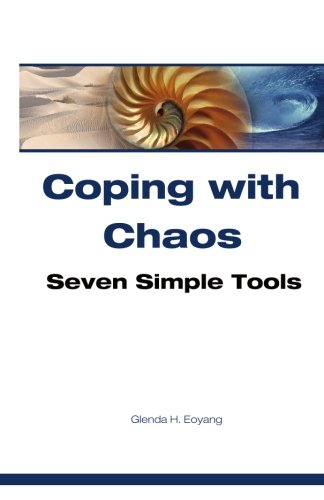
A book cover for Coping with Chaos: Seven Simple Tools; Glenda H Eoyang Ph.D.; Science & Math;